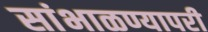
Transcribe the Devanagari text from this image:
सांभाळण्यापरी